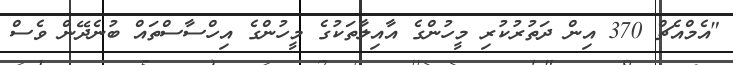
"އެމްއެޗް 370 އިން ދަތުރުކުރި މީހުންގެ އާއިލާތަކުގެ މީހުންގެ އިހްސާސްތައް ބުނެދޭން ވެސް